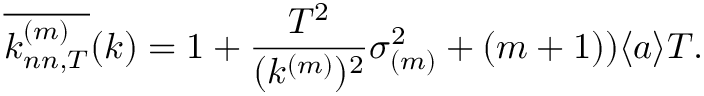
\overline { { k _ { n n , T } ^ { ( m ) } } } ( k ) = 1 + \frac { T ^ { 2 } } { ( k ^ { ( m ) } ) ^ { 2 } } \sigma _ { ( m ) } ^ { 2 } + ( m + 1 ) ) \langle a \rangle T .